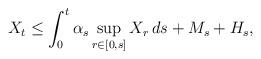
LaTeX: \begin{align*} X_t\leq\int_0^t\alpha_s\sup_{r\in[0,s]}X_r\,ds +M_s+H_s, \end{align*}